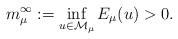
LaTeX: \begin{align*}m^{\infty}_{\mu}:=\inf_{u\in \mathcal M_{\mu}}E_{\mu}(u)>0.\end{align*}